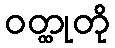
ဝတ္ထုတို